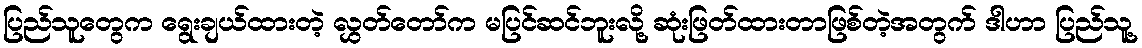
ပြည်သူတွေက ရွေးချယ်ထားတဲ့ လွှတ်တော်က မပြင်ဆင်ဘူးလို့ ဆုံးဖြတ်ထားတာဖြစ်တဲ့အတွက် ဒါဟာ ပြည်သူ့